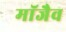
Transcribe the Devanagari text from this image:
माॅजैव